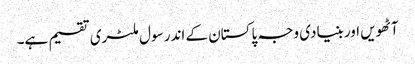
آٹھویں اور بنیادی وجہ پاکستان کے اندر سول ملٹری تقسیم ہے۔